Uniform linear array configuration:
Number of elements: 32
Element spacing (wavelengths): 0.75
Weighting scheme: uniform
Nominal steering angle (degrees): -60
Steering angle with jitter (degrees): -60.858
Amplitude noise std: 0.05
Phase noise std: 0.05

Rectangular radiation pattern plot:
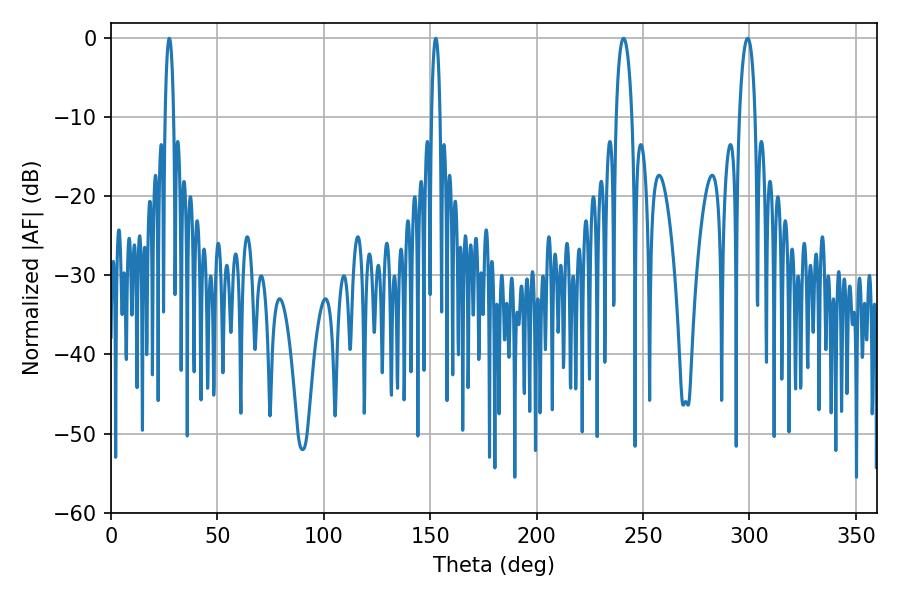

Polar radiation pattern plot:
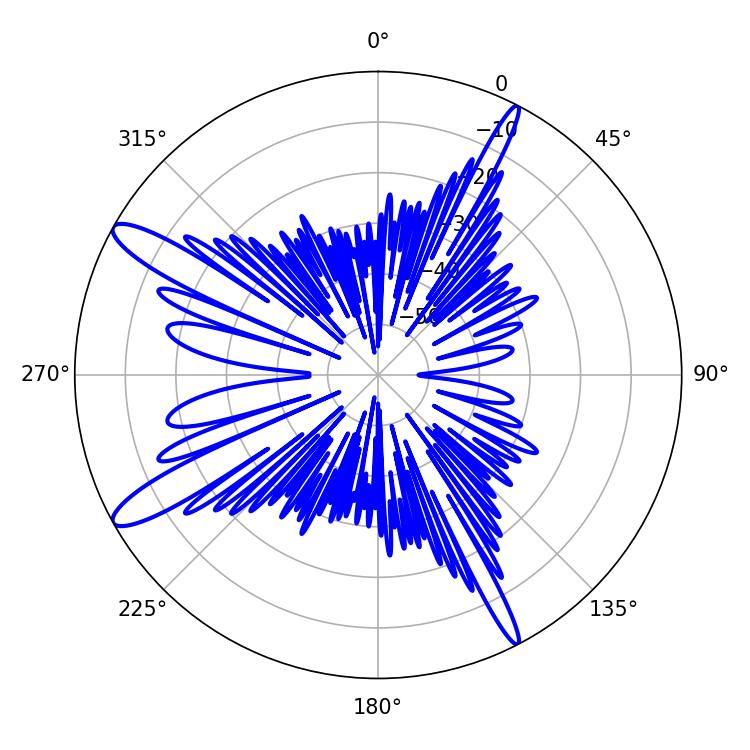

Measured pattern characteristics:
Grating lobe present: TRUE
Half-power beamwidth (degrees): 4.14
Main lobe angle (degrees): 240.84